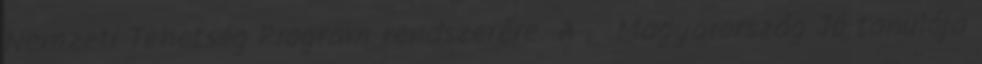
Nemzeti Tehetség Program rendszerére. A „ Magyarország Jó tanulója